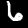
Digit: 6